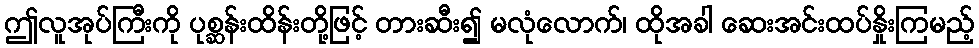
ဤလူအုပ်ကြီးကို ပုစ္ဆန်းထိန်းတို့ဖြင့် တားဆီး၍ မလုံလောက်၊ ထိုအခါ ဆေးအင်းထပ်နှိုးကြမည့်